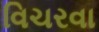
વિચરવા